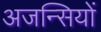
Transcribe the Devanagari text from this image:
अजन्सियों